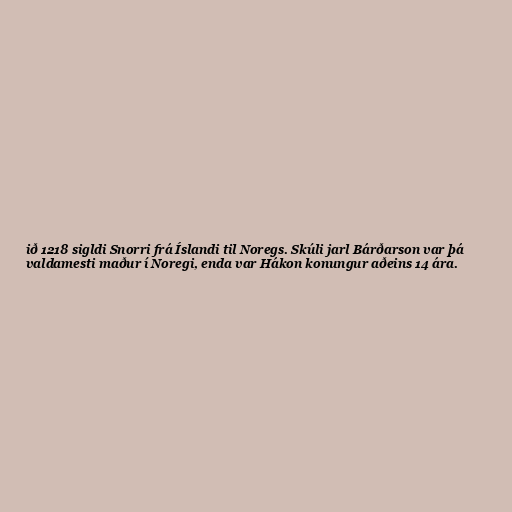
ið 1218 sigldi Snorri frá Íslandi til Noregs. Skúli jarl Bárðarson var þá
valdamesti maður í Noregi, enda var Hákon konungur aðeins 14 ára.